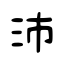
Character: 沛